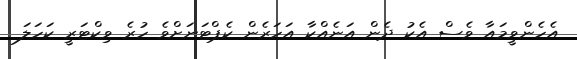
އެހެންވީމައާ ވެސް އެކު ދެން އަނެއްކާ އަހަރެން ކެޕްޓަނަށްވެ ހުރެ ވިކްޓަރީ ކަހަލަ